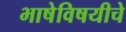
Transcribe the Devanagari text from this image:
भाषेविषयीचे